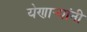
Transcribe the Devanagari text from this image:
येणार्‍यांनी